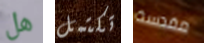
هل تكتمل مقدسة